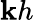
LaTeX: \mathbf{k}h